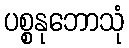
ပစ္စနုဘောသုံ